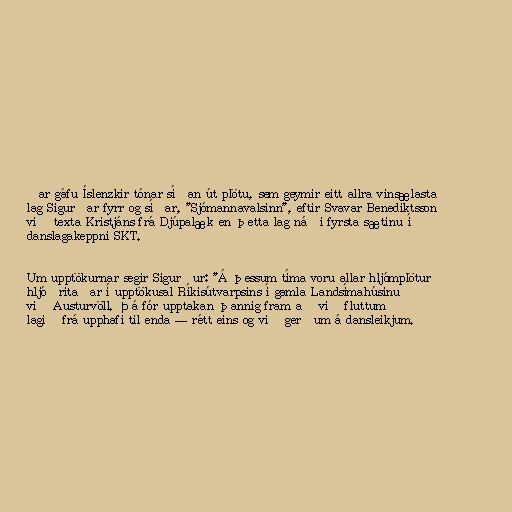
ðar gáfu Íslenzkir tónar síðan út plötu, sem geymir eitt allra vinsælasta
lag Sigurðar fyrr og síðar, "Sjómannavalsinn", eftir Svavar Benediktsson
við texta Kristjáns frá Djúpalæk en þetta lag náði fyrsta sætinu í
danslagakeppni SKT.

Um upptökurnar segir Sigurður: "Á þessum tíma voru allar hljómplötur
hljóðritaðar í upptökusal Ríkisútvarpsins í gamla Landsímahúsinu
við Austurvöll. Þá fór upptakan þannig fram að við fluttum
lagið frá upphafi til enda — rétt eins og við gerðum á dansleikjum.